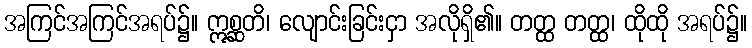
အကြင်အကြင်အရပ်၌။ ဣစ္ဆတိ၊ လျောင်းခြင်းငှာ အလိုရှိ၏။ တတ္ထ တတ္ထ၊ ထိုထို အရပ်၌။